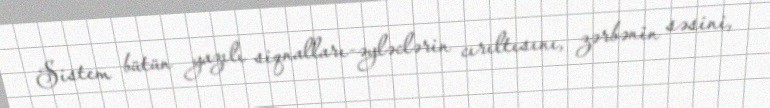
Sistem bütün yazılı siqnalları-əyləclərin cırıltısını, zərbənin səsini,